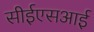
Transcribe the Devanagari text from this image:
सीईएसआई